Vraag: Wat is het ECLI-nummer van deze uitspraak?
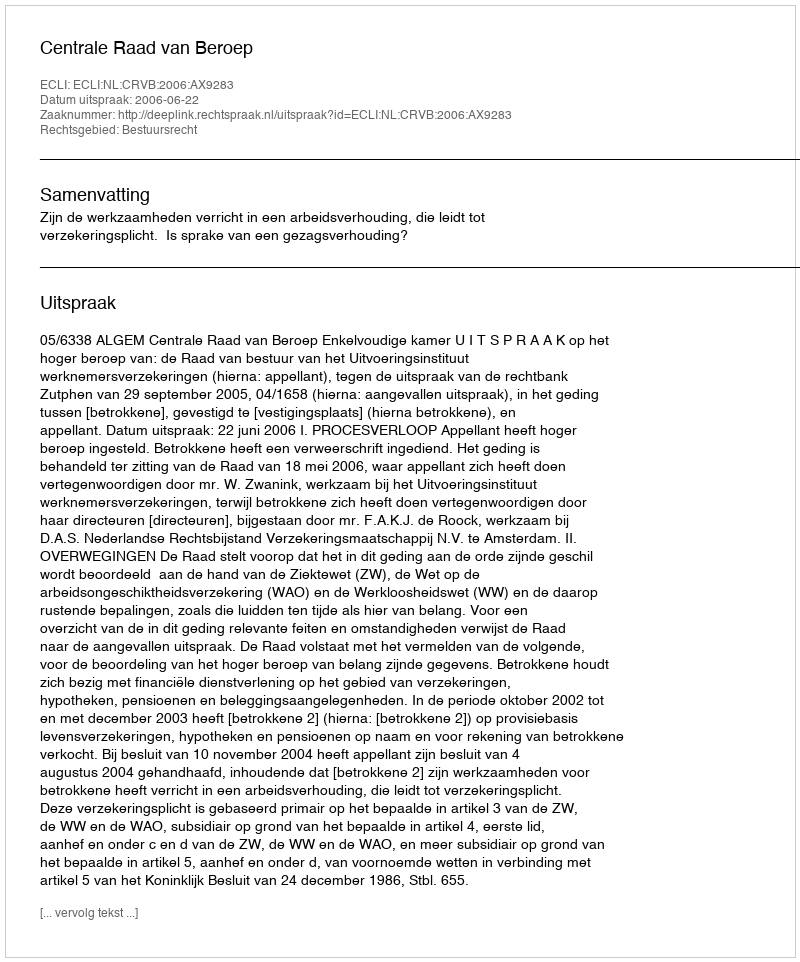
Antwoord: ECLI:NL:CRVB:2006:AX9283